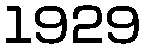
1929